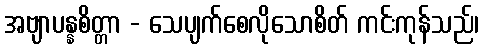
အဗျာပန္နစိတ္တာ - သေပျက်စေလိုသောစိတ် ကင်းကုန်သည်၊